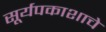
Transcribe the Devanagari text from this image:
सूर्यपकाशाचे